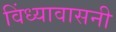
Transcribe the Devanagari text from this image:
विंध्यावासनी